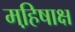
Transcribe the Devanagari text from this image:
महि़षाक्ष